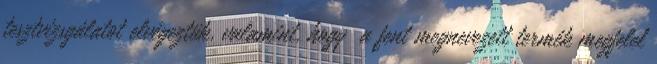
tesztvizsgálatot elvégeztük, valamint, hogy a fent megnevezett termék megfelel